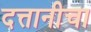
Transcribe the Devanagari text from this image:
दत्तानीचा